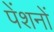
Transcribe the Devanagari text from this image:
पेंशनों